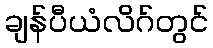
ချန်ပီယံလိဂ်တွင်